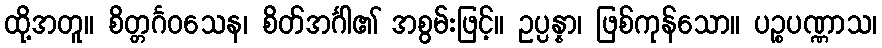
ထို့အတူ။ စိတ္တင်္ဂဝသေန၊ စိတ်အင်္ဂါ၏ အစွမ်းဖြင့်။ ဥပ္ပန္နာ၊ ဖြစ်ကုန်သော။ ပဉ္စပဏ္ဏာသ၊